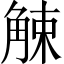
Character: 觫